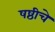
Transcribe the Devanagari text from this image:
षष्ठीचे